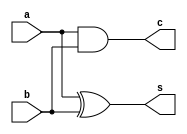
module halfadd(
    input a,
    input b,
    output s,
    output c
    );
	 xor(s,a,b);
	 and(c,a,b);


endmodule